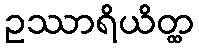
ဥဿာရိယိတ္ထ